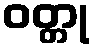
ဝတ္တု